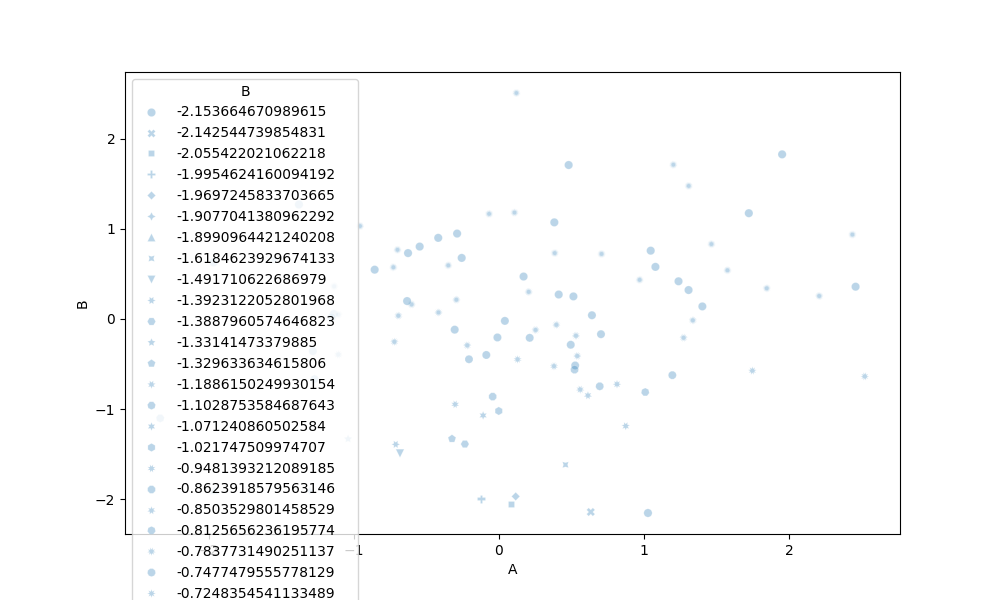
python, seaborn, scatterplot, hue='None', style='B', size='None', palette='deep', alpha=0.3